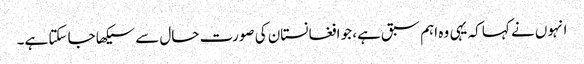
انہوں نے کہا کہ یہی وہ اہم سبق ہے، جو افغانستان کی صورت حال سے سیکھا جا سکتا ہے۔